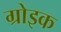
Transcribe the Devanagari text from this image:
ग्रोइक